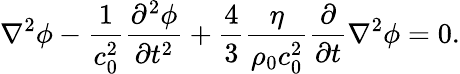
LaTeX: \nabla^{2}\phi-\frac{1}{c_{0}^{2}}\frac{\partial^{2}\phi}{\partial t^{2}}+\frac 43\frac{\eta}{\rho_{0}c_{0}^{2}}\frac{\partial}{\partial t}\nabla^{2}\phi=0.